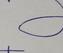
Signature authenticity: forged